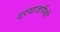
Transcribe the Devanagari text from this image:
दरवाजांपैकी